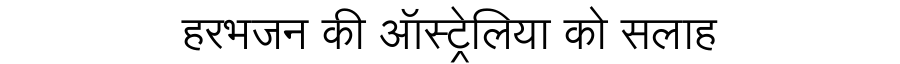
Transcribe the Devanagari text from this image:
हरभजन की ऑस्ट्रेलिया को सलाह